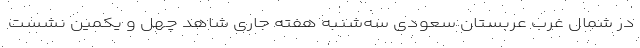
در شمال غرب عربستان سعودی سه‌شنبه هفته جاری شاهد چهل و یکمین نشست